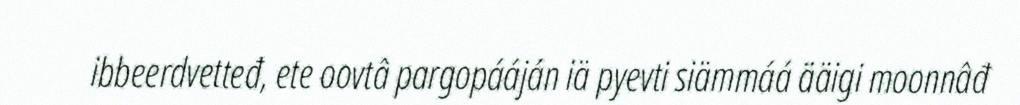
ibbeerdvetteđ, ete oovtâ pargopááján iä pyevti siämmáá ääigi moonnâđ